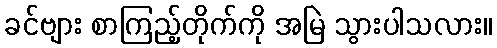
ခင်ဗျား စာကြည့်တိုက်ကို အမြဲ သွားပါသလား။